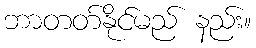
ဘာတတ်နိုင်မည် နည်း။